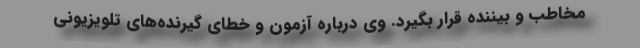
مخاطب و بیننده قرار بگیرد. وی درباره آزمون و خطای گیرنده‌های تلویزیونی